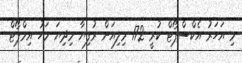
މި އަހަރު އެކްސްޕޯޓް ކުރީ 172 މިލިއަން ރުފިޔާ މިދިޔަ މަހު އިމްޕޯޓް